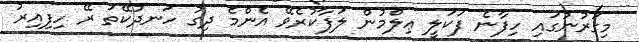
މިގަރުނުގައި ހިފާނެ ފަކަލީ ޢިލްމުން ލަފާކުރެވޭ އެންމެ ދިގު ހަނދުކޭތަ ރޭ ހިފިއިރު